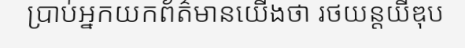
ប្រាប់អ្នកយកព័ត៌មានយើងថា រថយន្តយីឌុប